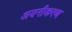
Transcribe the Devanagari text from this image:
अयनीकरण